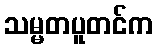
သမ္မတပူတင်က